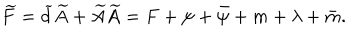
\widetilde { F } = \widetilde { d } \widetilde { A } + \widetilde { A } \widetilde { A } = F + \psi + \bar { \psi } + m + \lambda + \bar { m } .